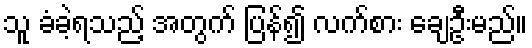
သူ ခံခဲ့ရသည့် အတွက် ပြန်၍ လက်စား ချေဦးမည်။